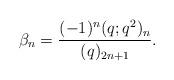
LaTeX: \begin{align*} \beta_n = \frac{(-1)^n(q;q^2)_n}{(q)_{2n+1}}.\end{align*}